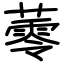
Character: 蕶